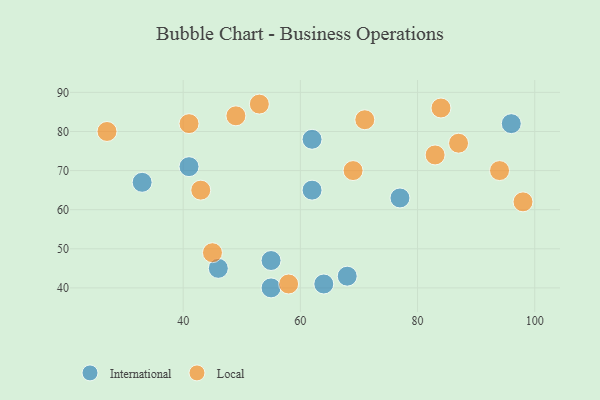
{"axis": {"x": "GDP", "y": "Life Expectancy"}, "legend": ["International", "Local"], "data": [{"x": "55", "y": 40, "type": "International"}, {"x": "62", "y": 78, "type": "International"}, {"x": "68", "y": 43, "type": "International"}, {"x": "77", "y": 63, "type": "International"}, {"x": "46", "y": 45, "type": "International"}, {"x": "62", "y": 65, "type": "International"}, {"x": "33", "y": 67, "type": "International"}, {"x": "55", "y": 47, "type": "International"}, {"x": "64", "y": 41, "type": "International"}, {"x": "41", "y": 71, "type": "International"}, {"x": "96", "y": 82, "type": "International"}, {"x": "43", "y": 65, "type": "Local"}, {"x": "45", "y": 49, "type": "Local"}, {"x": "49", "y": 84, "type": "Local"}, {"x": "83", "y": 74, "type": "Local"}, {"x": "69", "y": 70, "type": "Local"}, {"x": "27", "y": 80, "type": "Local"}, {"x": "58", "y": 41, "type": "Local"}, {"x": "53", "y": 87, "type": "Local"}, {"x": "41", "y": 82, "type": "Local"}, {"x": "71", "y": 83, "type": "Local"}, {"x": "87", "y": 77, "type": "Local"}, {"x": "94", "y": 70, "type": "Local"}, {"x": "84", "y": 86, "type": "Local"}, {"x": "98", "y": 62, "type": "Local"}]}